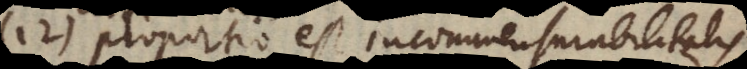
12) proportio est incommensurabilitatis